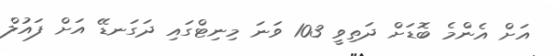
އަށް އެންމެ ބޮޑަށް ދަތިވީ 103 ވަނަ މިނިޓްގައި ދަގަނޑޭ އަށް ފައުލް